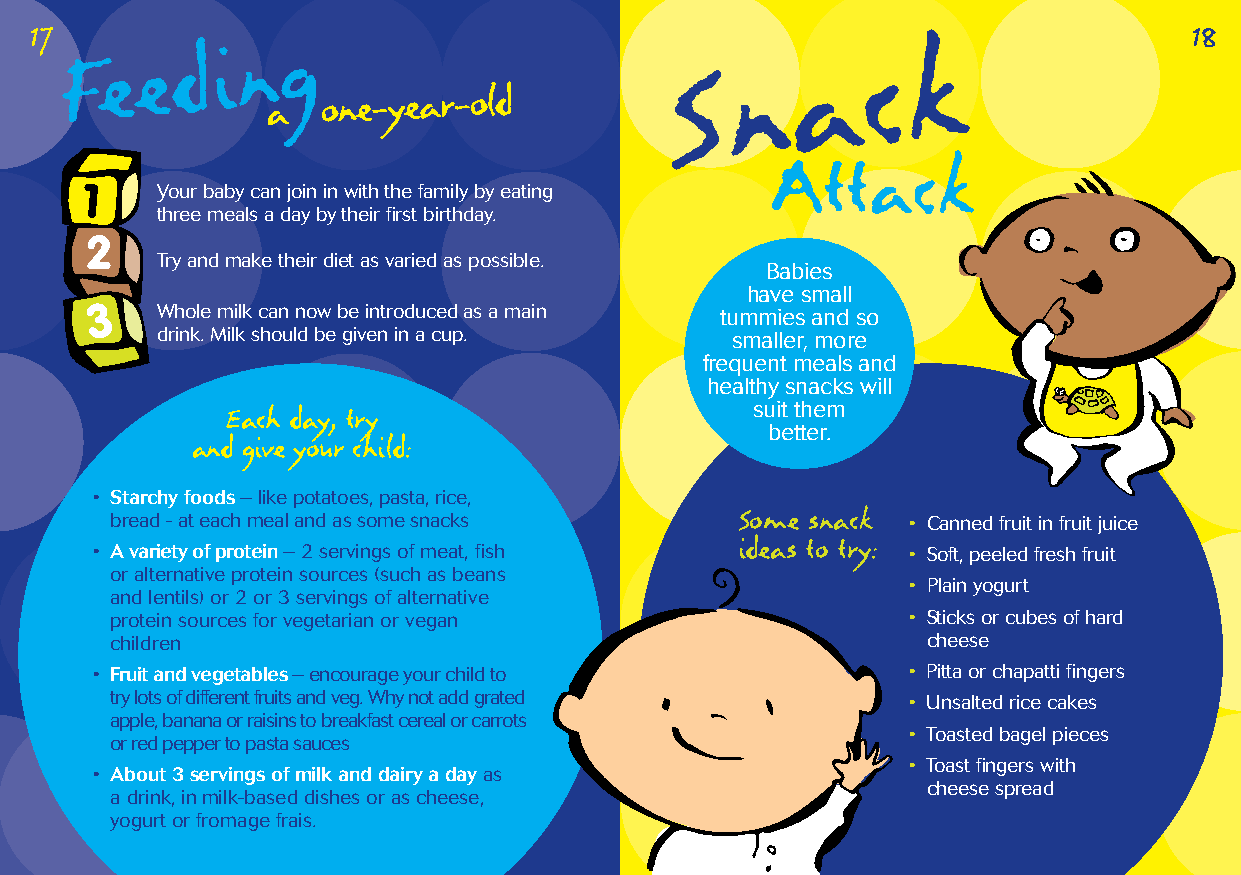
17                                                                           18
 Fe   e  d i n  g                         S   n   a    c  k
 a
 one-year-old
 Attack
 Your baby can join in with the family by eating
 three meals a day by their first birthday.
 Try and make their diet as varied as possible.
 Babies
 have small
 Whole milk can now be introduced as a main tummies and so
 drink. Milk should be given in a cup. smaller, more
 frequent meals and
 healthy snacks will
 Each day, try                      suit them
 better.
 and give your child:
 • Starchy foods – like potatoes, pasta, rice,
 bread - at each meal and as some snacks   Some snack • Canned fruit in fruit juice
 ideas to try:
 • A variety of protein – 2 servings of meat, fish     • Soft, peeled fresh fruit
 or alternative protein sources (such as beans
 • Plain yogurt
 and lentils) or 2 or 3 servings of alternative
 protein sources for vegetarian or vegan              • Sticks or cubes of hard
 children                                              cheese
 • Fruit and vegetables – encourage your child to      • Pitta or chapatti fingers
 try lots of different fruits and veg. Why not add grated • Unsalted rice cakes
 apple, banana or raisins to breakfast cereal or carrots
 • Toasted bagel pieces
 or red pepper to pasta sauces
 • Toast fingers with
 • About 3 servings of milk and dairy a day as
 cheese spread
 a drink, in milk-based dishes or as cheese,
 yogurt or fromage frais.